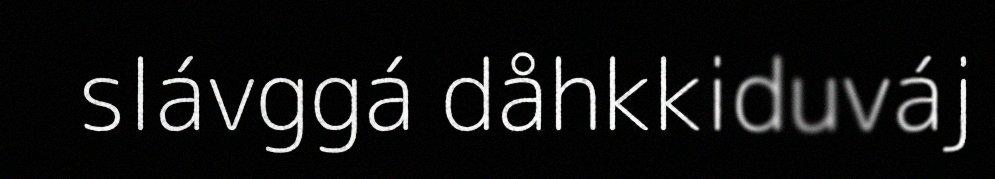
slávggá dåhkkiduváj